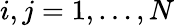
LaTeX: i,j=1,\ldots,N